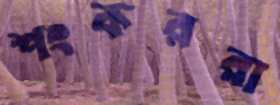
শংকররা